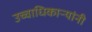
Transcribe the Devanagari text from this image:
उच्चाधिकाऱ्यांनी